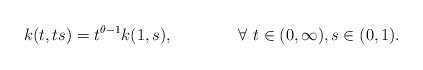
LaTeX: \begin{align*}k(t,ts)=t^{\theta-1}k(1,s),\qquad\qquad\forall\,\,t\in(0,\infty),s\in(0,1).\end{align*}